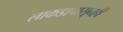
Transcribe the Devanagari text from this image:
लाकडापासूनही